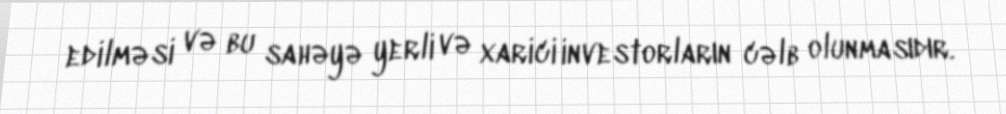
edilməsi və bu sahəyə yerli və xarici investorların cəlb olunmasıdır.